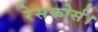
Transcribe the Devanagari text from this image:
रेसकोर्स।